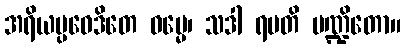
အရိယပ္ပဝေဒိတေ ဓမ္မေ၊ သဒါ ရမတိ ပဏ္ဍိတော။